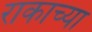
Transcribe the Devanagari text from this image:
राकाच्या